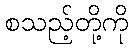
စသည့်တို့ကို